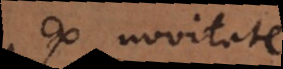
ex novitate